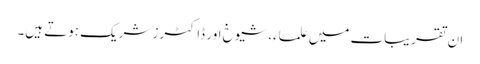
ان تقریبات میں علماء، شیوخ اور ڈاکٹرز شریک ہوتے ہیں۔